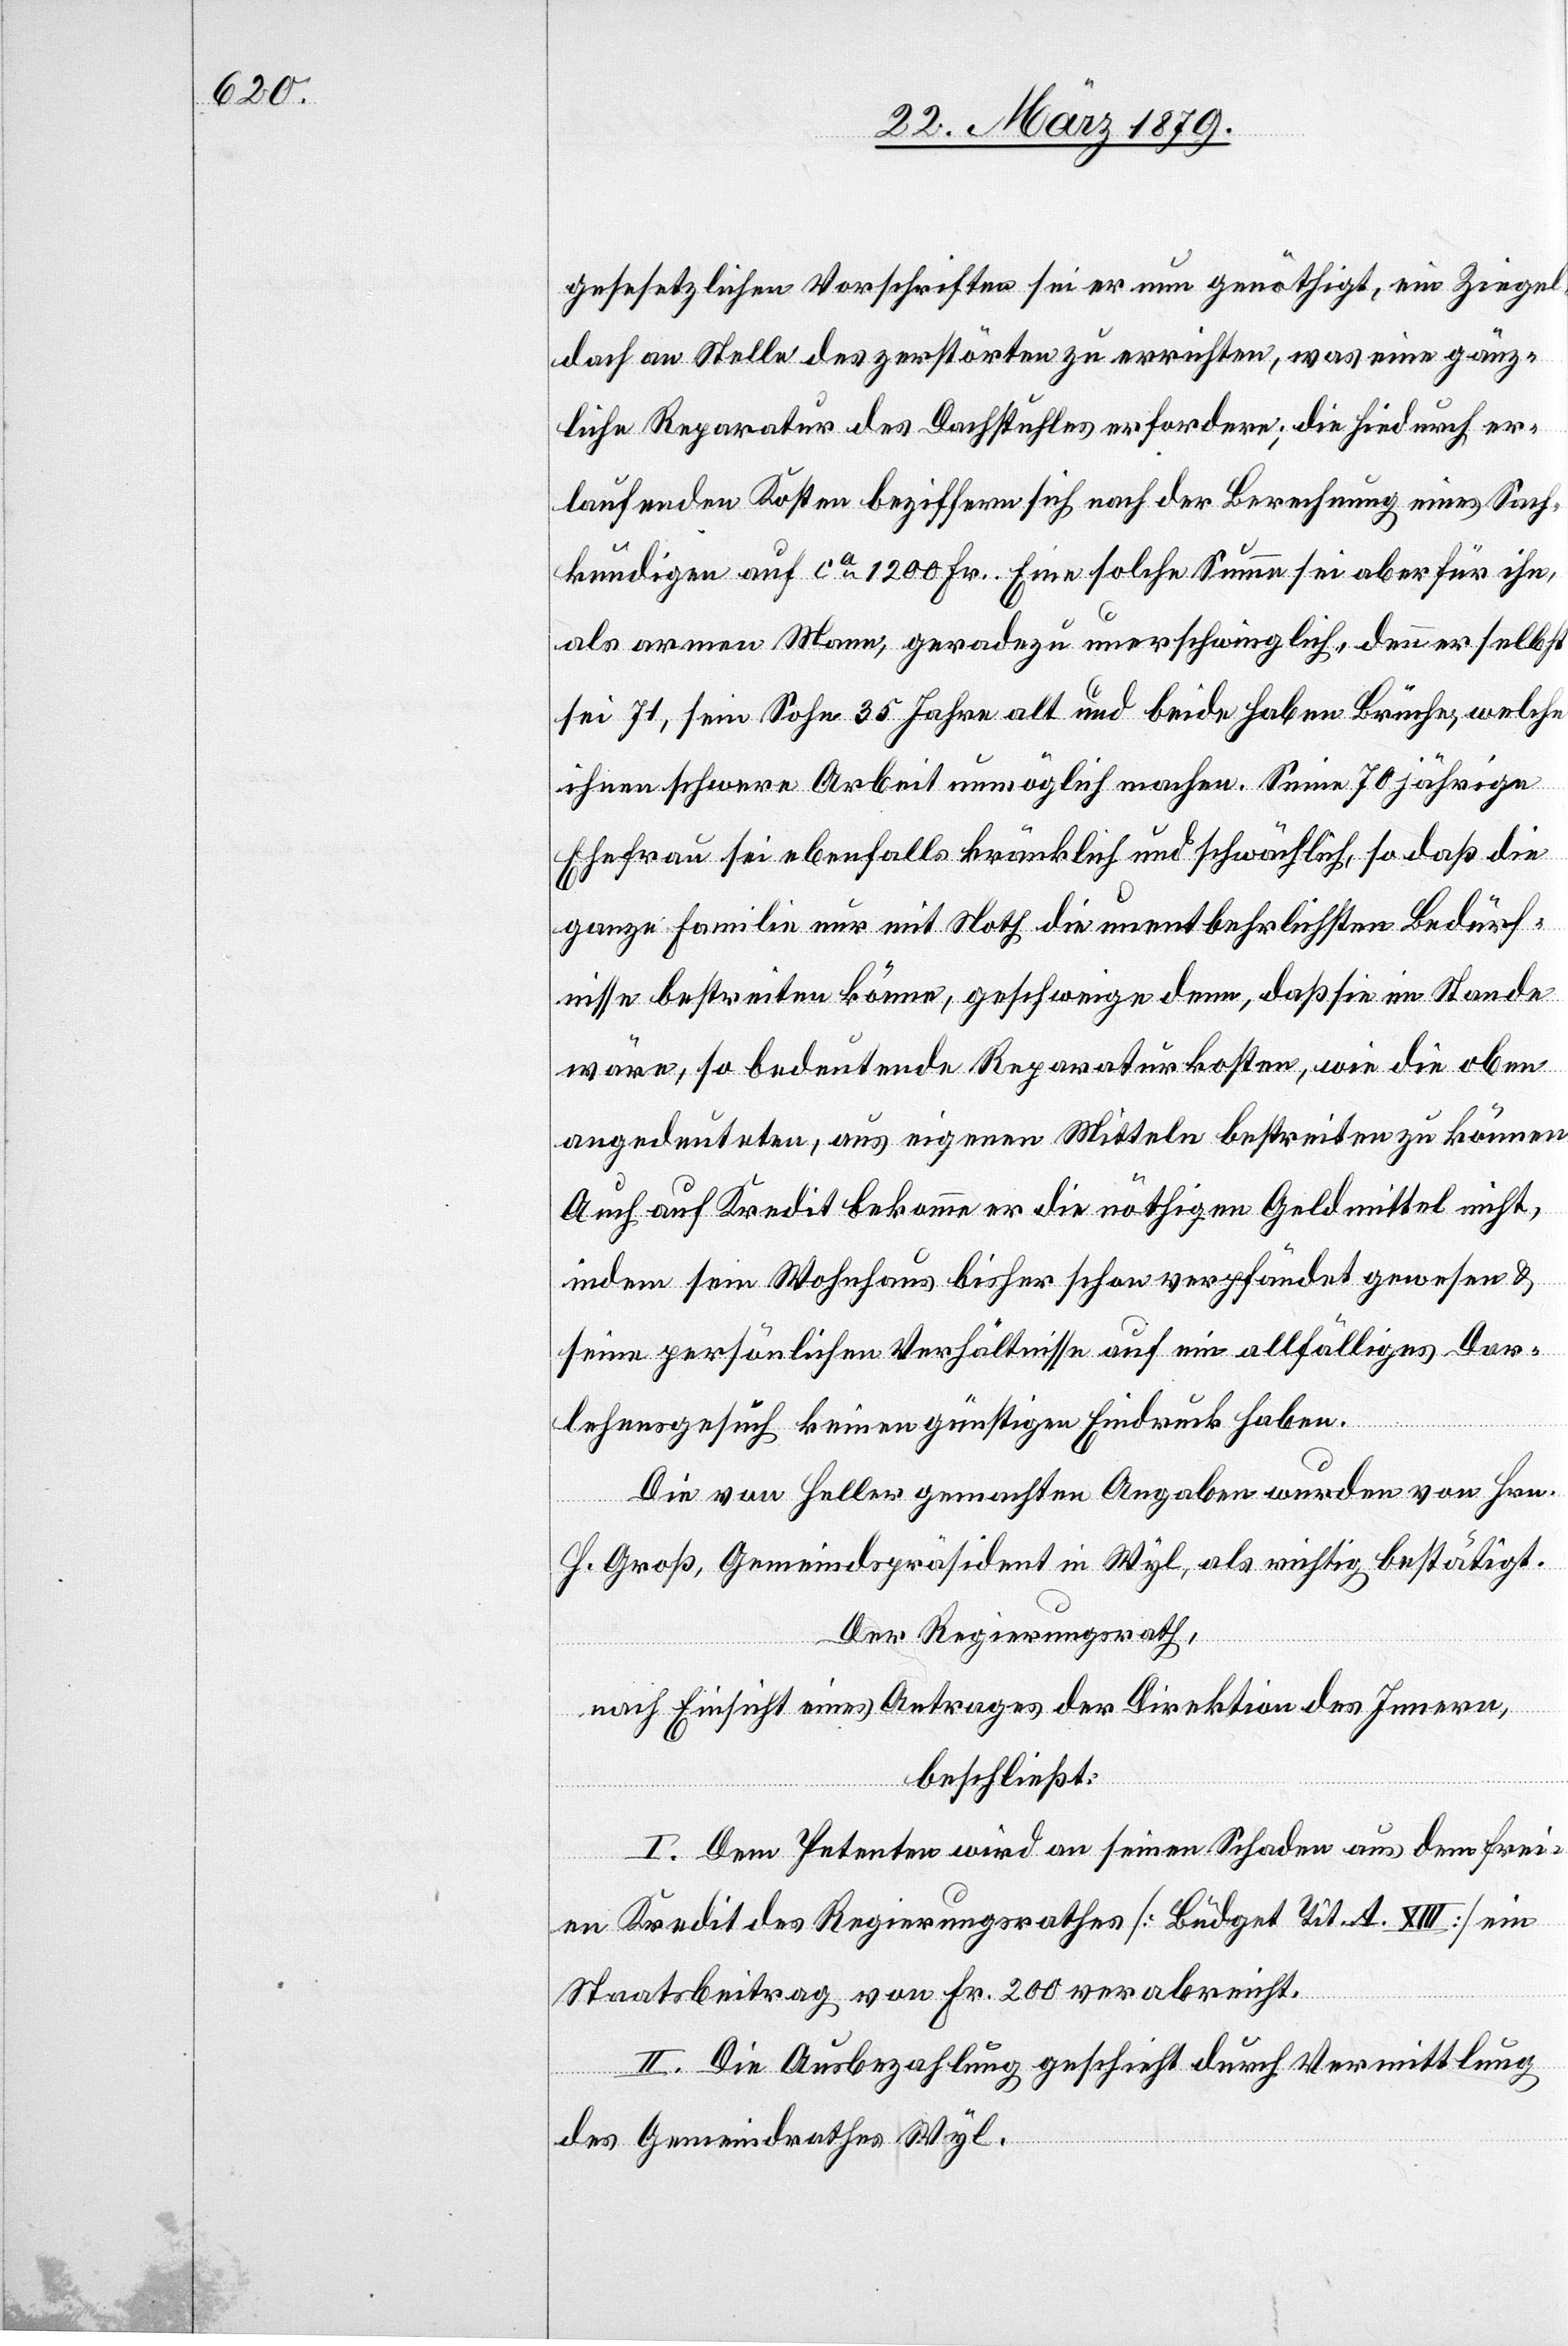
gesetzlichen Vorschriften sei er nun genöthigt, ein Ziegel¬
dach an Stelle des zerstörten zu errichten, was eine gänz¬
liche Reparatur des Dachstuhles erfordere; die hiedurch er¬
laufenden Kosten beziffern sich nach der Berechnung eines Sach¬
kundigen auf ca 1200 Fr. Eine solche Summe sei aber für ihn,
als armen Mann, geradezu unerschwinglich, denn er selbst
sei 71, sein Sohn 35 Jahre alt und beide haben Brüche, welche
ihnen schwere Arbeit unmöglich machen. Seine 70jährige
Ehefrau sei ebenfalls kränklich und schwächlich, so daß die
ganze Familie nur mit Noth die unentbehrlichsten Bedürf¬
nisse bestreiten könne, geschweige denn, daß sie im Stande
wäre, so bedeutende Reparaturkosten, wie die oben
angedeuteten, aus eigenen Mitteln bestreiten zu können.
Auch auf Kredit bekomme er die nöthigen Geldmittel nicht,
indem sein Wohnhaus bisher schon verpfändet gewesen &
seine persönlichen Verhältnisse auf ein allfälliges Dar¬
lehensgesuch keinen günstigen Eindruck haben.
Die von Heller gemachten Angaben werden von Hrn.
H. Groß, Gemeindspräsident in Wyl, als richtig bestätigt.
Der Regierungsrath,
nach Einsicht eines Antrages der Direktion des Innern,
beschließt:
I. Dem Petenten wird an seinen Schaden aus dem frei¬
en Kredit des Regierungsrathes [Büdget Tit. A. XIII] ein
Staatsbeitrag von Fr. 200 verabreicht.
II. Die Ausbezahlung geschieht durch Vermittlung
des Gemeindrathes Wyl.